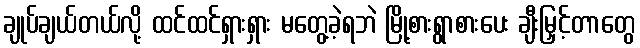
ချုပ်ချယ်တယ်လို့ ထင်ထင်ရှားရှား မတွေ့ခဲ့ရဘဲ မြို့စားရွာစားပေး ချီးမြှင့်တာတွေ